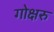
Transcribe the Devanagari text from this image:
गोक्षरु